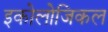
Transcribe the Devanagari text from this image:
इकोलोजिकल